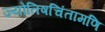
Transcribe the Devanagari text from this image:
ज्योतिषचिंतामणि